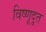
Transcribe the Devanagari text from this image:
विष्णूदूत